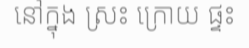
នៅក្នុង ស្រះ ក្រោយ ផ្ទះ